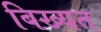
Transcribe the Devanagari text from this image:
बिख्यत